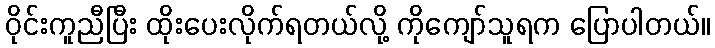
ဝိုင်းကူညီပြီး ထိုးပေးလိုက်ရတယ်လို့ ကိုကျော်သူရက ပြောပါတယ်။